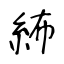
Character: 𥿠